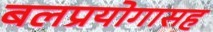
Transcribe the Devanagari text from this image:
बलप्रयोगासह